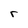
Character: r